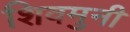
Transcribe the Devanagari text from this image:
शिवमुनी